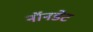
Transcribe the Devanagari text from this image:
नॉनडेट